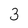
Character: 3